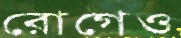
রোগেও